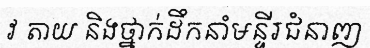
វ តាយ និងថ្នាក់ដឹកនាំមន្ទីរជំនាញ